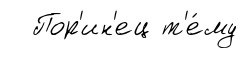
Пор'ин'ец т'е́му